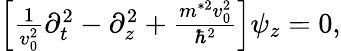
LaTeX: \begin{array}{r}{\left[\frac{1}{v_{0}^{2}}\partial_{t}^{2}-\partial_{z}^{2}+\frac{m^{*2}v_{0}^{2}}{\hbar^{2}}\right]\psi_{z}=0,}\end{array}